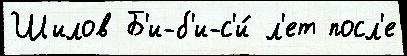
Шилов Б'и-б'и-с'и́ л'ет посл'е